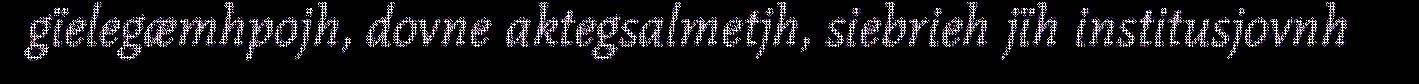
gïelegæmhpojh, dovne aktegsalmetjh, siebrieh jïh institusjovnh